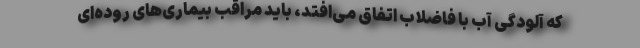
که آلودگی آب با فاضلاب اتفاق می‌افتد، باید مراقب بیماری‌های روده‌ای